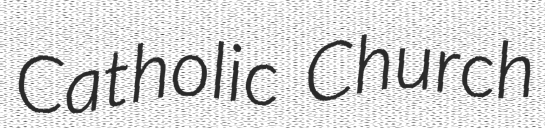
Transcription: Catholic Church